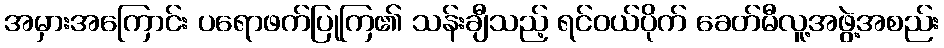
အမှားအကြောင်း ပရောဖက်ပြုကြ၏ သန်းချီသည့် ရင်ဝယ်ပိုက် ခေတ်မီလူ့အဖွဲ့အစည်း